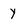
Character: y